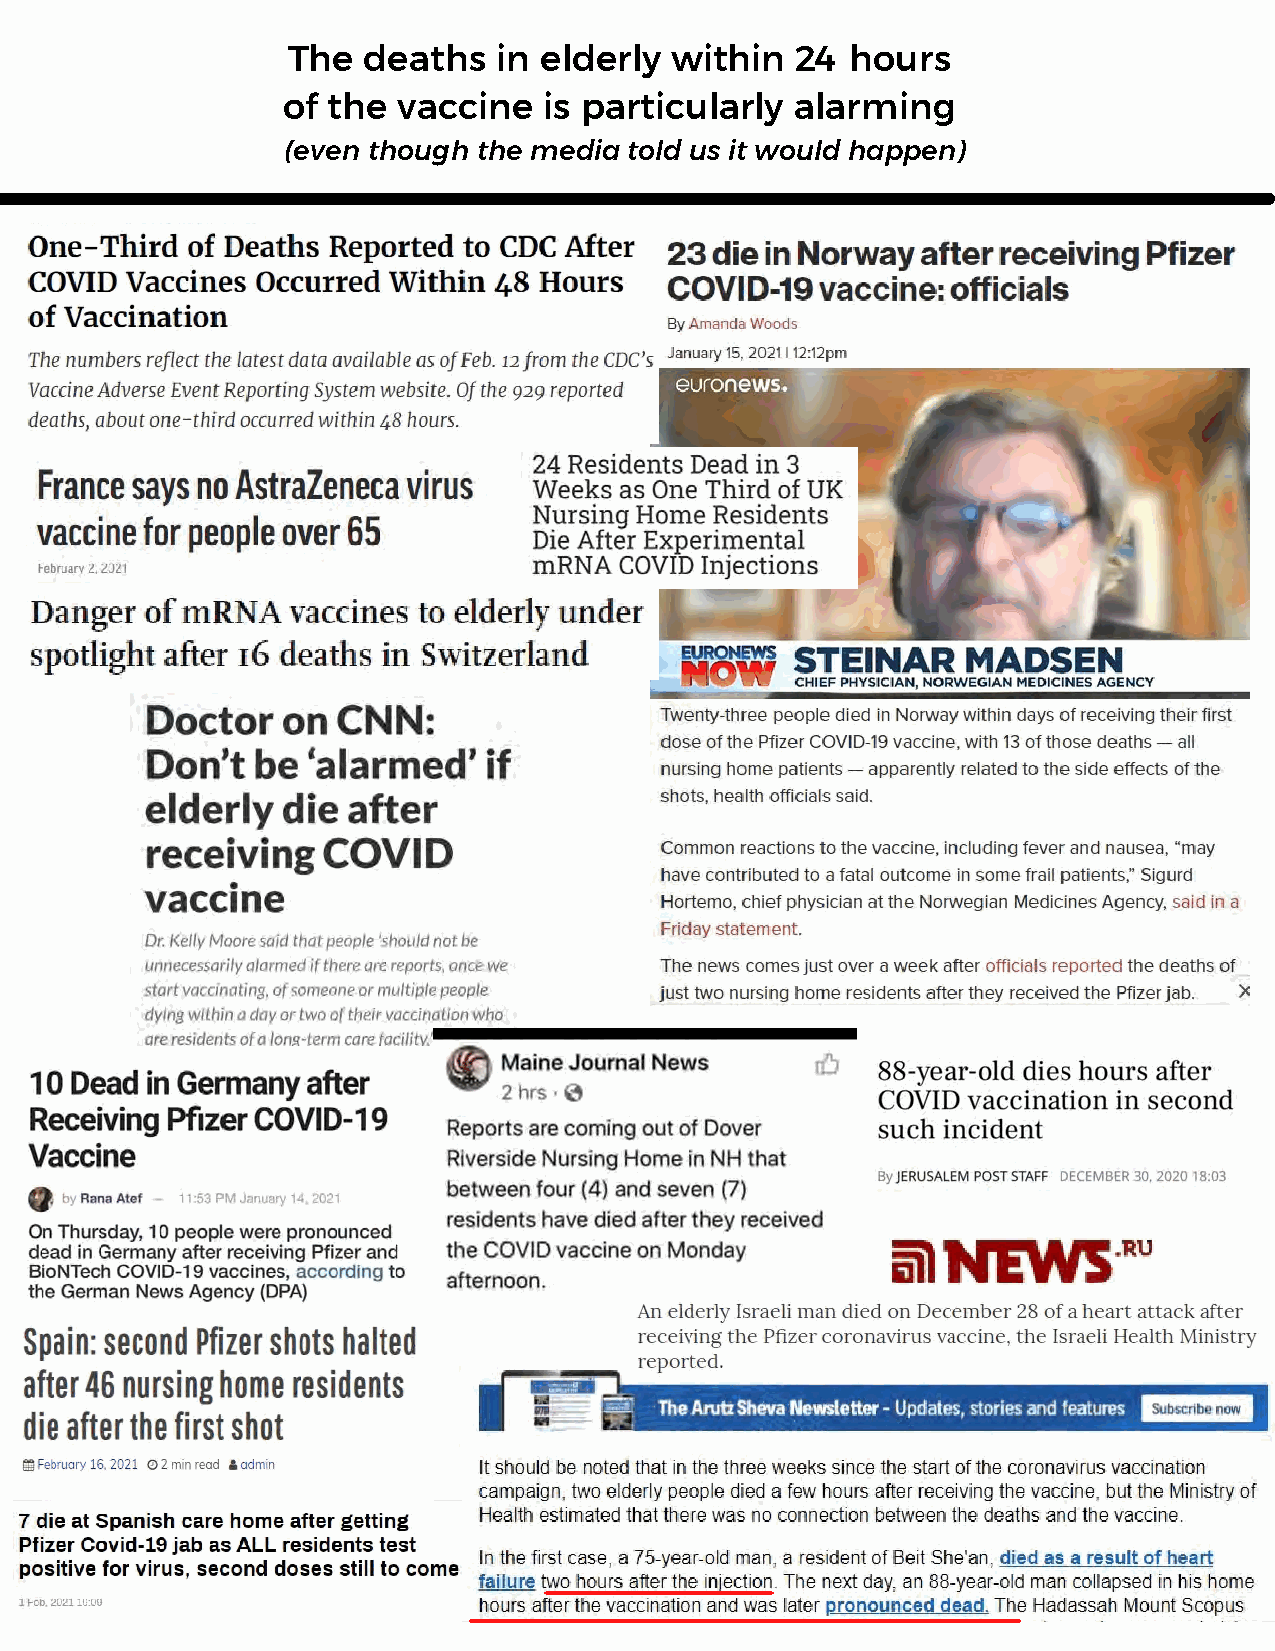
The  deaths   in elderly within   24 hours
 of the vaccine   is particularly  alarming
 (even though the media told us it would happen)